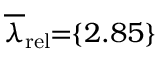
\! \! \! \! \! \! \overline { { \lambda } } _ { \mathrm { { r e l } } } \! \! = \! \! \{ 2 . 8 5 \} \! \! \!